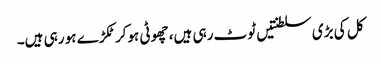
کل کی بڑی سلطنتیں ٹوٹ رہی ہیں، چھوٹی ہوکر ٹکڑے ہو رہی ہیں۔